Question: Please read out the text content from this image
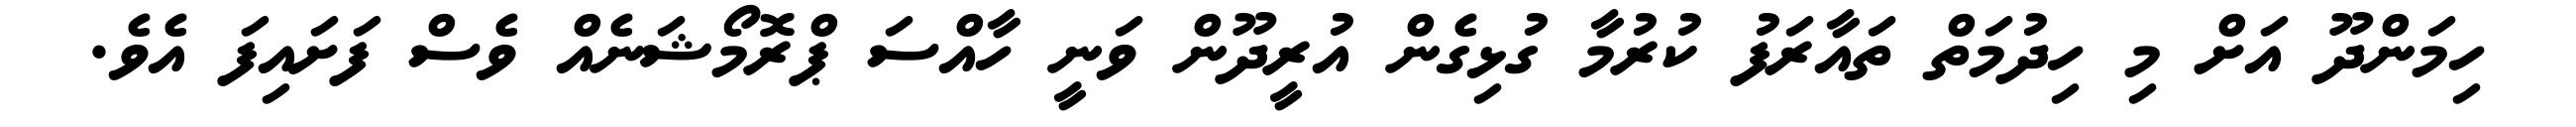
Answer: ހިމަންދޫ އަށް މި ހިދުމަތް ތައާރަފު ކުރުމާ ގުޅިގެން އުރީދޫން ވަނީ ހާއްސަ ޕްރޮމޯޝަނެއް ވެސް ފަށައިފަ އެވެ.